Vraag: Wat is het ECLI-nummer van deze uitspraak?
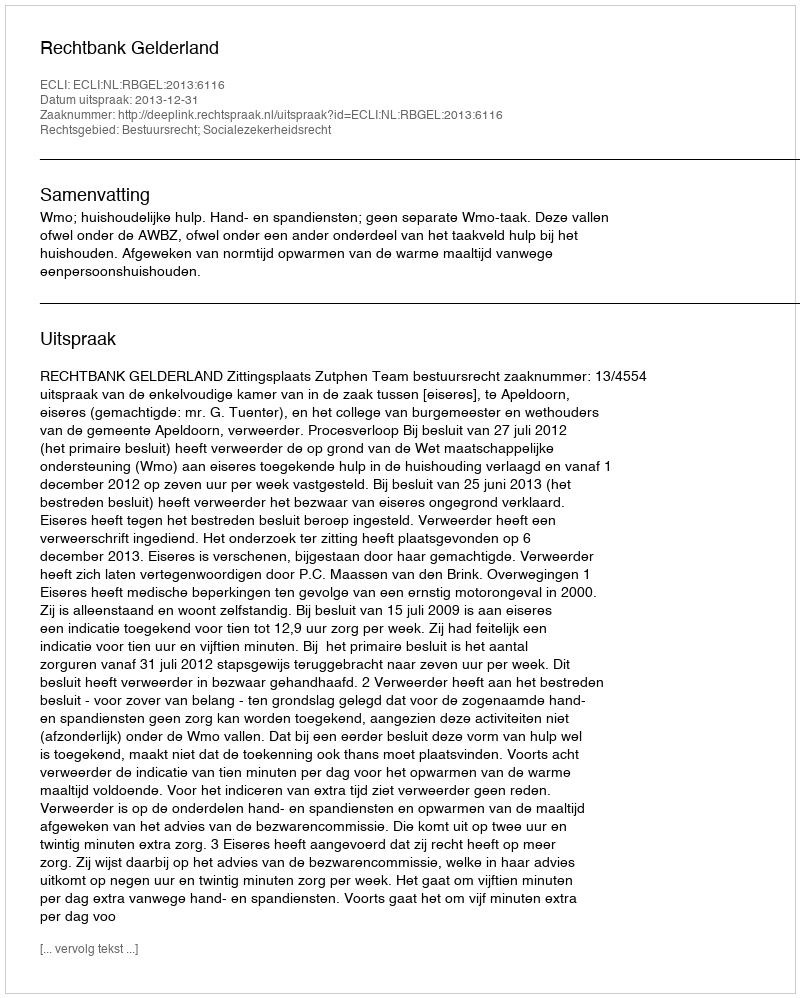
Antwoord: ECLI:NL:RBGEL:2013:6116